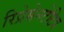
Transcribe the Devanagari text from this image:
रिप्रेसेनटेटिव